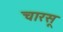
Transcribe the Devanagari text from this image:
चारसू